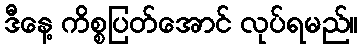
ဒီနေ့ ကိစ္စပြတ်အောင် လုပ်ရမည်။